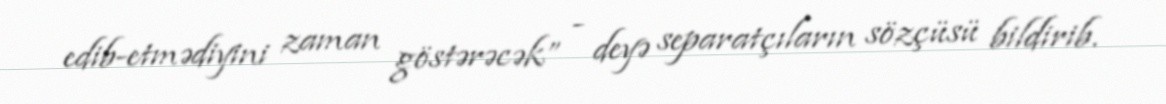
edib-etmədiyini zaman göstərəcək” - deyə separatçıların sözçüsü bildirib.